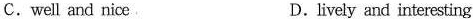
C.well and nice D.lively and interesting